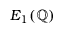
E _ { 1 } ( \mathbb { Q } )